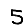
Digit: 5